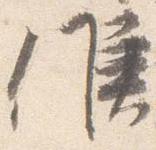
候